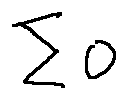
\sum o